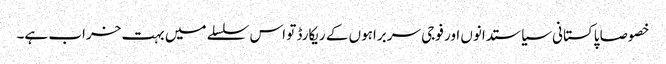
خصوصا پاکستانی سیاستدانوں اور فوجی سربراہوں کے ریکارڈ تو اس سلسلے میں بہت خراب ہے۔